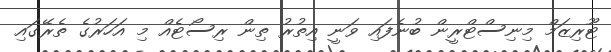
ޓޫރިޒަމް މިނިސްޓްރީން ބުނެފައި ވަނީ އިތުރު ތިން ރިސޯޓެއް މި އަހަރުގެ ތެރޭގައި